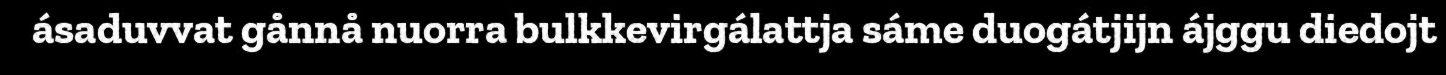
ásaduvvat gånnå nuorra bulkkevirgálattja sáme duogátjijn ájggu diedojt